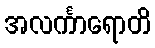
အလင်္ကာရောတိ